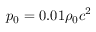
p _ { \mathrm { 0 } } = 0 . 0 1 \rho _ { \mathrm { 0 } } c ^ { 2 }